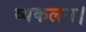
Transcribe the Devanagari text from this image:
व्यकलन।